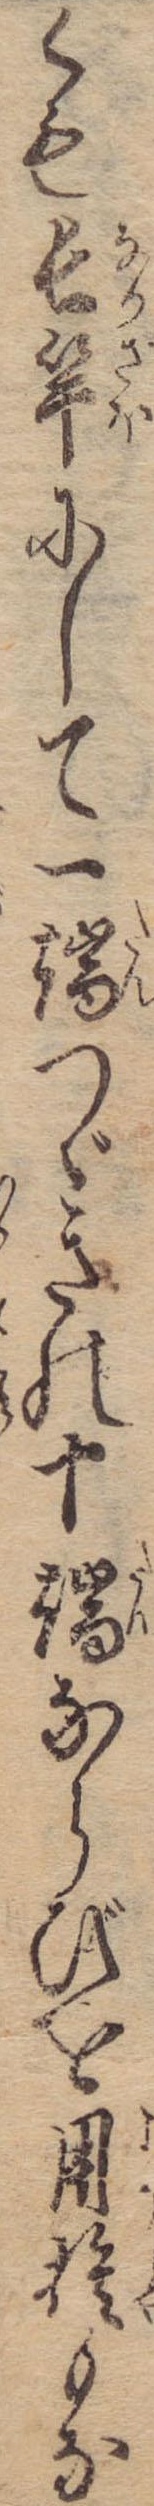
くも長竿にして一端つゞきの十端ならびを用捨もな